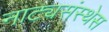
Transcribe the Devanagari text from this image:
नाट्यसंस्थेस